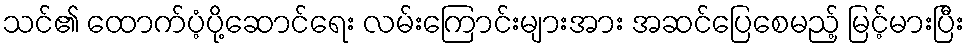
သင်၏ ထောက်ပံ့ပို့ဆောင်ရေး လမ်းကြောင်းများအား အဆင်ပြေစေမည့် မြင့်မားပြီး